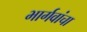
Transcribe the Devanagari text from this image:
भार्गवांचा